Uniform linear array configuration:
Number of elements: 64
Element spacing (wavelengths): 0.75
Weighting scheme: uniform
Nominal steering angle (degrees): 0
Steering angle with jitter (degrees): -1.679
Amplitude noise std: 0.05
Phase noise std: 0.05

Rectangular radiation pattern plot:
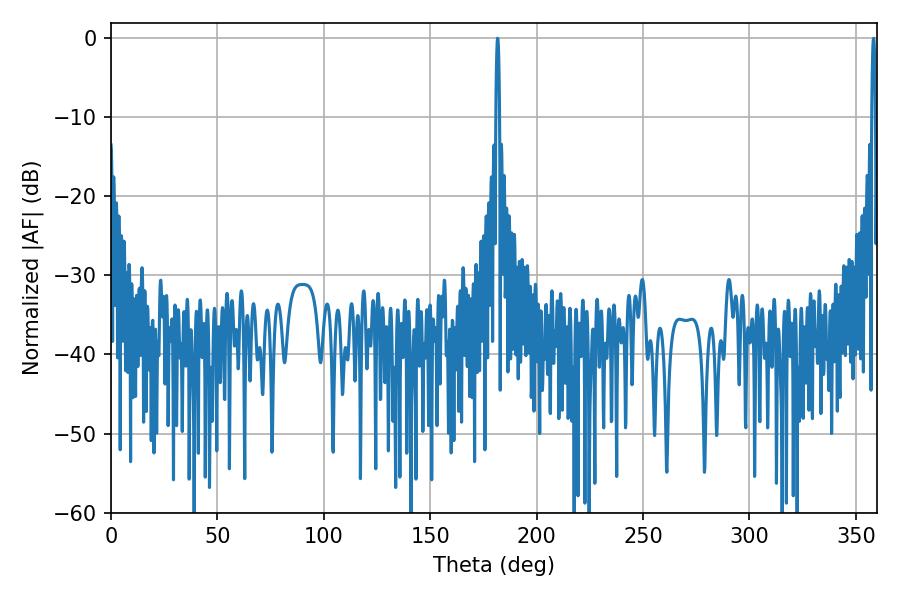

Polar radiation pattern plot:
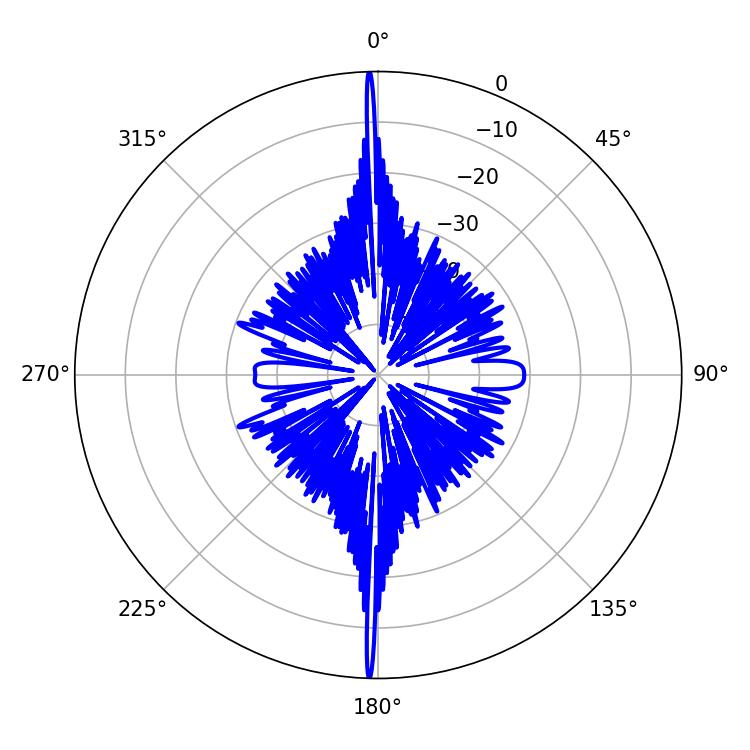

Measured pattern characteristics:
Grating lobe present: TRUE
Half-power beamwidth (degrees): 0.9
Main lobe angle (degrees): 358.38